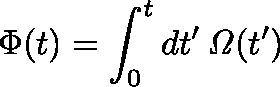
\Phi ( t ) = \int _ { 0 } ^ { t } d t ^ { \prime } \, \mathit { \Omega } ( t ^ { \prime } )